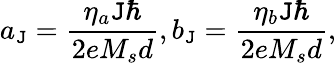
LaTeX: a_{\mathtt{J}}=\frac{{\eta_{a}\mathtt{J}\hbar}}{{2eM_{s}d}},b_{\mathtt{J}}=\frac{{\eta_{b}\mathtt{J}\hbar}}{{2eM_{s}d}},